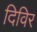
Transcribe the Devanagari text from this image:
दिविर